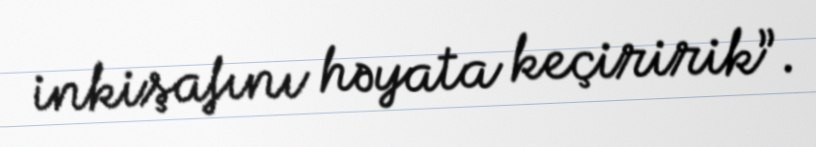
inkişafını həyata keçiririk”.